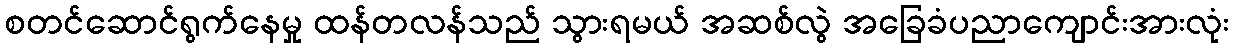
စတင်ဆောင်ရွက်နေမှု ထန်တလန်သည် သွားရမယ် အဆစ်လွဲ အခြေခံပညာကျောင်းအားလုံး